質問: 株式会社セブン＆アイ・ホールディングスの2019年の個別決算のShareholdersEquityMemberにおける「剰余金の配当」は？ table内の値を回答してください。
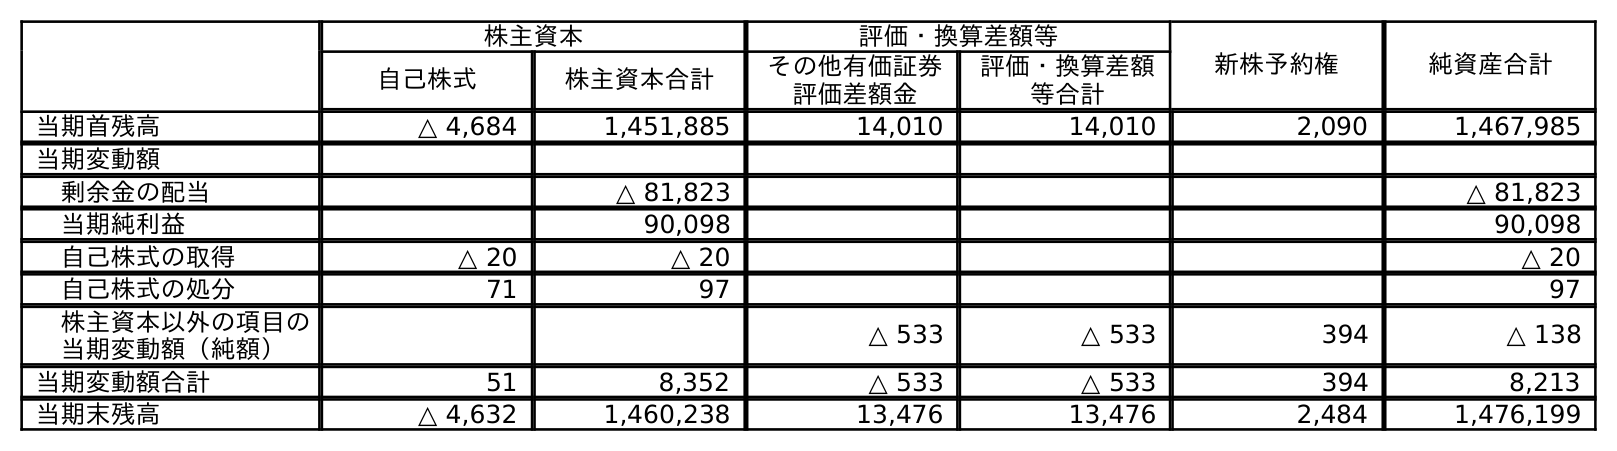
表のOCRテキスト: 株主資本 評価・換算差額等 新株予約権 純資産合計 自己株式 株主資本合計 その他有価証券 評価差額金 評価・換算差額 等合計 当期首残高 △ 4,684 1,451,885 14,010 14,010 2,090 1,467,985 当期変動額 剰余金の配当 △ 81,823 △ 81,823 当期純利益 90,098 90,098 自己株式の取得 △ 20 △ 20 △ 20 自己株式の処分 71 97 97 株主資本以外の項目の 当期変動額（純額） △ 533 △ 533 394 △ 138 当期変動額合計 51 8,352 △ 533 △ 533 394 8,213 当期末残高 △ 4,632 1,460,238 13,476 13,476 2,484 1,476,199
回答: △81,823